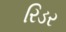
રિડર